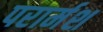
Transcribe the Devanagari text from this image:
परार्मश